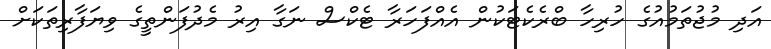
އަދި މުޖުތަމުއުގެ ހުރިހާ ބްރެކެޓަކުން އެއްފަހަރާ ޓެކްސް ނަގާ އިރު މެދުފަންތީގެ ވިޔަފާރިތަކަށް